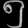
Digit: ၅